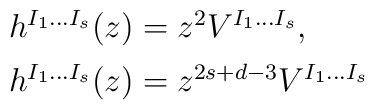
\begin{array}{l}h^{I_1\ldots I_s}(z)=z^2 V^{I_1\ldots I_s},\;\;\\[5pt]h^{I_1\ldots I_s}(z)=z^{2s+d-3} V^{I_1\ldots I_s}\end{array}